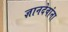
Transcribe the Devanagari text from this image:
ज्ञानदेवांना